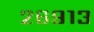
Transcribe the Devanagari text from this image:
२६९१३